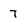
Character: 7